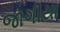
જાગીયા